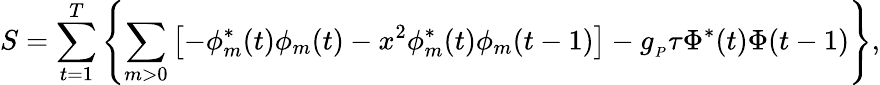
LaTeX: S=\sum_{t=1}^{T}\left\{ \sum_{m>0}\left[-\phi_{m}^{*}(t)\phi_{m}(t)-x^{2}\phi_{m}^{*}(t)\phi_{m}(t-1)\right]-g_{_P}\tau\Phi^{*}(t)\Phi(t-1)\right\} ,